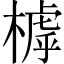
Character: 㯉